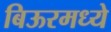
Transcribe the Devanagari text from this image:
बिऊरमध्ये